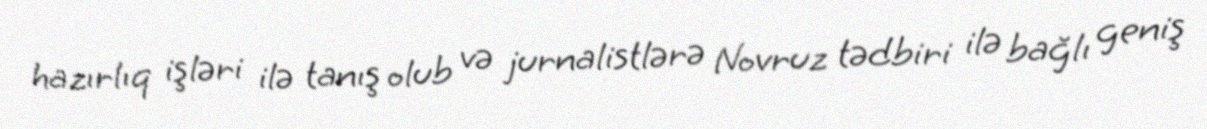
hazırlıq işləri ilə tanış olub və jurnalistlərə Novruz tədbiri ilə bağlı geniş